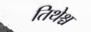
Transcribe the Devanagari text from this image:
तिथेश्च